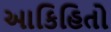
આકિહિતો